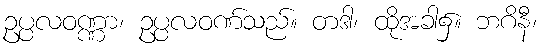
ဥပ္ပလဝဏ္ဏာ၊ ဥပ္ပလဝဏ်သည်။ တဒါ၊ ထိုအခါ၌။ ဘဂိနီ၊